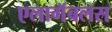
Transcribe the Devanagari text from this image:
एलागॅबलस